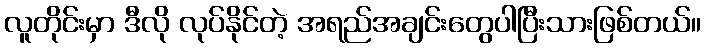
လူတိုင်းမှာ ဒီလို လုပ်နိုင်တဲ့ အရည်အချင်းတွေပါပြီးသားဖြစ်တယ်။